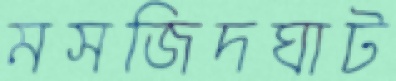
মসজিদঘাট